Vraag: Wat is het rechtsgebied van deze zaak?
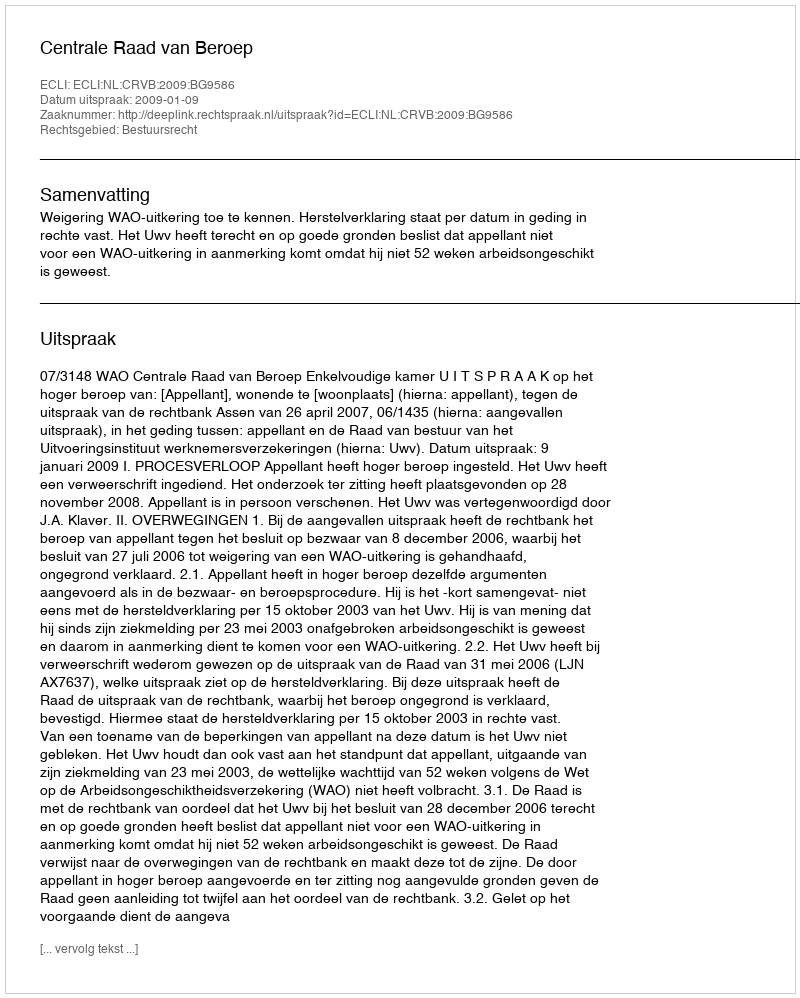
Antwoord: Bestuursrecht